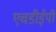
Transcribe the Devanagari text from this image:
एचडीईपी